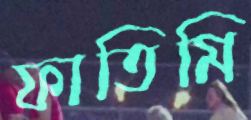
ফাতিমি